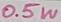
Text: 0.5W